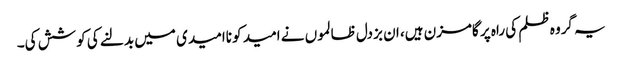
یہ گروہ ظلم کی راہ پر گامزن ہیں، ان بزدل ظالموں نے امید کو ناامیدی میں بدلنے کی کوشش کی۔